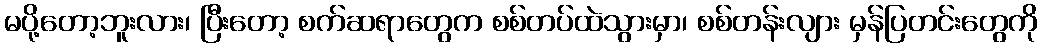
မပို့တော့ဘူးလား၊ ပြီးတော့ စက်ဆရာတွေက စစ်တပ်ထဲသွားမှာ၊ စစ်တန်းလျား မှန်ပြတင်းတွေကို